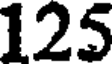
125